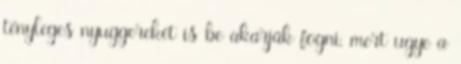
tényleges nyuggereket is be akarják fogni, mert ugye a